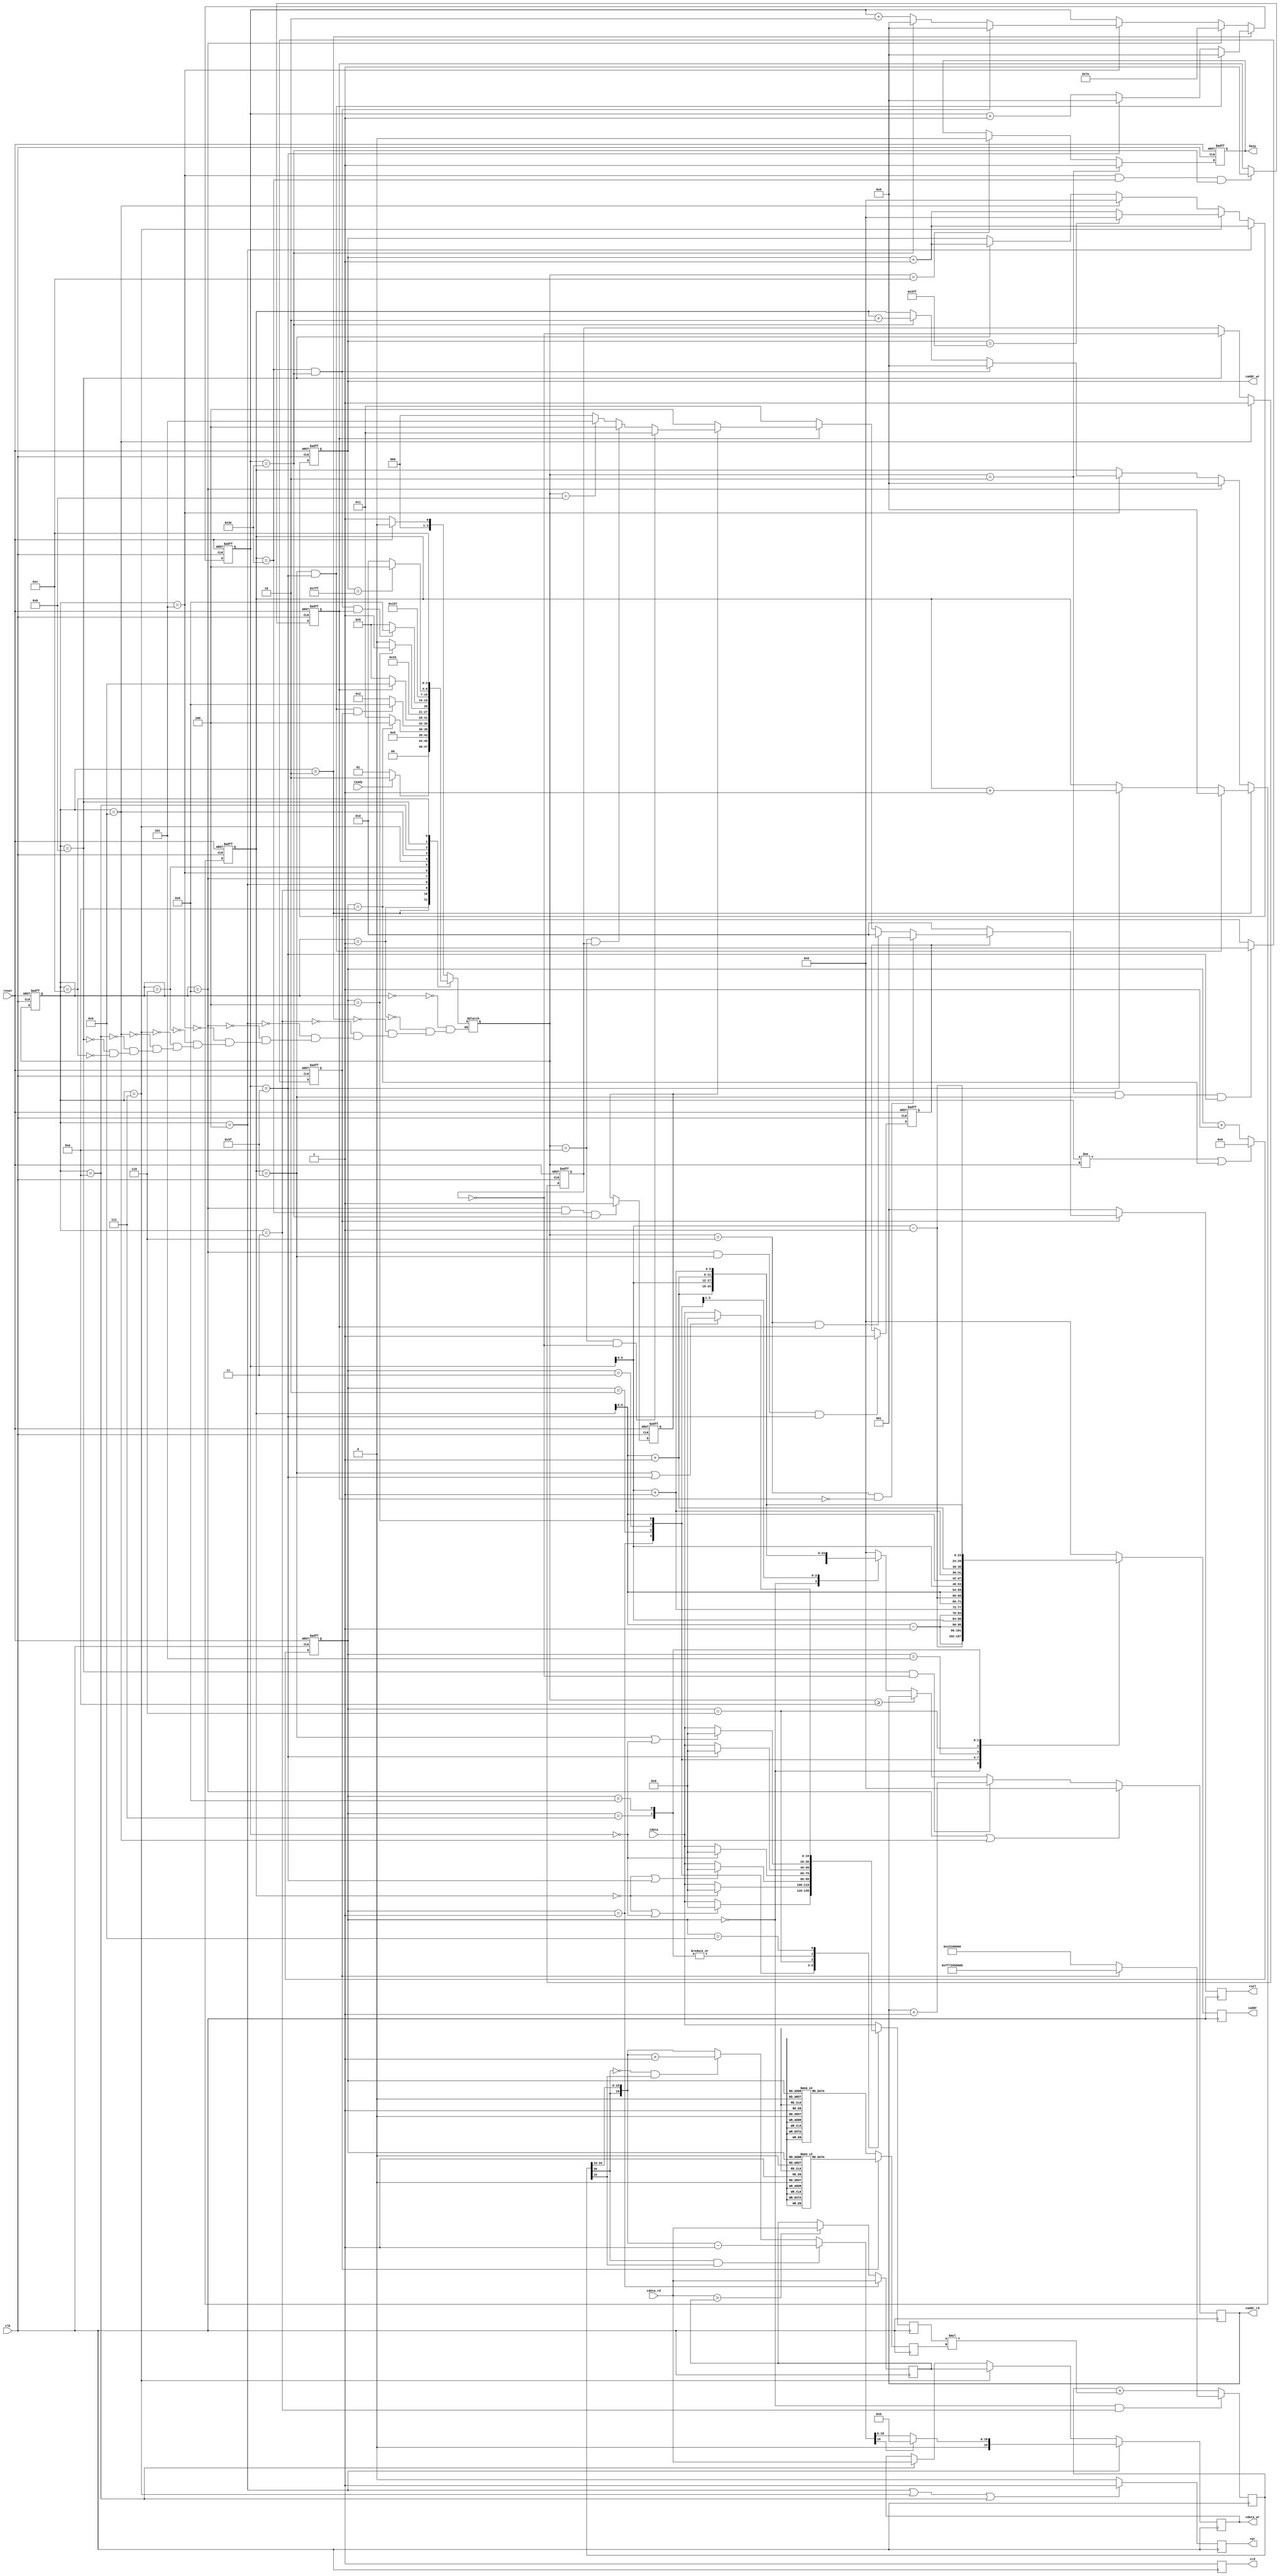

`timescale 1ns/10ps

module  CONV(
	input		clk,
	input		reset,
	output	reg	busy,	
	input		ready,	
			
	output reg [11:0] iaddr,
	input	[19:0]	idata,	
	
	output reg cwr,
	output reg [11:0] 	caddr_wr,
	output reg [19:0] 	cdata_wr,
	
	output reg crd,
	output reg [11:0] 	caddr_rd,
	input	 [19:0]	cdata_rd,
	
	output reg [2:0] 	csel
	);
  
  parameter RST   = 4'd0,
            READY = 4'd1,
            CONV_R0= 4'd2,
            CONV0  = 4'd3,
            CONV_W0  = 4'd4,
            MAX_R = 4'd5,
            MAX   = 4'd6,
            MAX_W   = 4'd7,
            WAIT = 4'd8,
            FC_R = 4'd9,
            FC = 4'd10,
            FC_W = 4'd11,
            DONE  = 4'd12;
  
  reg [3:0] state, n_state;
  reg [3:0] counter;
  reg signed [6:0] row, col;
  reg signed [19:0] ifmap;
  reg signed [19:0] weight;
  reg signed [39:0] answer_temp;
  reg signed [19:0] answer;
  reg conv0_done;
  reg conv1_done;
  reg max0_done;
  reg max1_done;
  reg signed [19:0] max_value;
  reg toggle;
  
  always@(posedge clk or posedge reset)begin
    if(reset)begin
      state <= RST;
    end else begin
      state <= n_state;
    end
  end
  
  always@(posedge clk or posedge reset)begin
    if(reset)begin
      counter <= 4'd0;
    end else if(state!=n_state || counter==4'd10)begin
      counter <= 4'd0;
    end else begin
      counter <= counter + 4'd1;
    end
  end
  
  always@(posedge clk or posedge reset)begin
    if(reset)begin
      row <= -7'd1;
      col <= 7'd63;
    end else if(state==CONV_R0)begin
      if(row==7'd63 && col==7'd63)begin
        row <= 7'd0;
        col <= 7'd0;
      end else if(col==7'd63)begin
        row <= row + 7'd1;
        col <= 7'd0;
      end else begin
        row <= row;
        col <= col + 7'd1;
      end
    end else if(state==WAIT)begin
      row <= 7'd0;
      col <= -7'd2;
    end else if(state==MAX_R)begin
      if(row==7'd62 && col==7'd62)begin
        row <= 7'd0;
        col <= 7'd0;
      end else if(col==7'd62)begin
        row <= row + 7'd2;
        col <= 7'd0;
      end else begin
        row <= row;
        col <= col + 7'd2;
      end
    end
  end
  
  always@(posedge clk)begin
    case(counter)
      4'd0:iaddr <= {row[5:0]-6'd1, col[5:0]-6'd1};
      4'd1:iaddr <= {row[5:0]-6'd1, col[5:0]     };
      4'd2:iaddr <= {row[5:0]-6'd1, col[5:0]+6'd1};
      4'd3:iaddr <= {row[5:0]     , col[5:0]-6'd1};
      4'd4:iaddr <= {row[5:0]     , col[5:0]     };
      4'd5:iaddr <= {row[5:0]     , col[5:0]+6'd1};
      4'd6:iaddr <= {row[5:0]+6'd1, col[5:0]-6'd1};
      4'd7:iaddr <= {row[5:0]+6'd1, col[5:0]     };
      4'd8:iaddr <= {row[5:0]+6'd1, col[5:0]+6'd1};
      default:iaddr <= 12'd0;
    endcase
  end
  
  always@(posedge clk)begin
    if(state==WAIT || state==FC_R)begin
      caddr_rd <= 12'd0;
    end else if(state==FC_W && ~toggle)begin
      caddr_rd <= caddr_rd + 12'd1;
    end else if(n_state>=FC)begin
      caddr_rd <= caddr_rd;
    end else begin
      case(counter)
        4'd0:caddr_rd <= {row[5:0]     , col[5:0]     };
        4'd1:caddr_rd <= {row[5:0]     , col[5:0]+6'd1};
        4'd2:caddr_rd <= {row[5:0]+6'd1, col[5:0]     };
        4'd3:caddr_rd <= {row[5:0]+6'd1, col[5:0]+6'd1};
        default:caddr_rd <= 12'd0;
      endcase
    end
  end
  
  always@(posedge clk)begin
    crd <= 1'b1;
  end
  
  always@(posedge clk)begin
    case(counter)
      4'd1:ifmap <= (row==7'd0  || col==7'd0 )?20'd0:idata;
      4'd2:ifmap <= (row==7'd0               )?20'd0:idata;
      4'd3:ifmap <= (row==7'd0  || col==7'd63)?20'd0:idata;
      4'd4:ifmap <= (              col==7'd0 )?20'd0:idata;
      4'd5:ifmap <=                                  idata;
      4'd6:ifmap <= (              col==7'd63)?20'd0:idata;
      4'd7:ifmap <= (row==7'd63 || col==7'd0 )?20'd0:idata;
      4'd8:ifmap <= (row==7'd63 || col==7'd0 )?20'd0:idata;
      4'd9:ifmap <= (row==7'd63 || col==7'd63)?20'd0:idata;
      default:ifmap <= idata;
    endcase
  end
  
  always@(posedge clk)begin
    if(counter==4'd1)begin
      max_value <= cdata_rd;
    end else begin
      max_value <= (cdata_rd>max_value)?cdata_rd:max_value;
    end
  end
  
  always@(*)begin
    answer <= (answer_temp[39] && answer_temp[15])?{answer_temp[39], answer_temp[34:16]}-20'd1:
              (~answer_temp[39] && answer_temp[15])?{answer_temp[39], answer_temp[34:16]}+20'd1:
              {answer_temp[39], answer_temp[34:16]};
  end
  
  always@(posedge clk)begin
    if(state==CONV_W0)begin
      cdata_wr <= (answer[19])?20'd0:answer;
    end else if(state==MAX_W)begin
      cdata_wr <= max_value;
    end else if(state==FC)begin
      cdata_wr <= cdata_rd;
    end
  end
  
  always@(posedge clk or posedge reset)begin
    if(reset)begin
      caddr_wr <= 12'b1111_1111_1111;
    end else if(state==CONV_W0)begin
      caddr_wr <= caddr_wr + 12'd1;
    end else if(state==MAX_W)begin
      if(caddr_wr==12'd1023)begin
        caddr_wr <= 12'd0;
      end else begin
        caddr_wr <= caddr_wr + 12'd1;
      end
    end else if(state==FC_R)begin
      caddr_wr <= 12'd0;
    end else if(state==FC_W)begin
      caddr_wr <= caddr_wr + 12'd1;
    end
  end
  
  always@(posedge clk)begin
    cwr <= (state==CONV_W0 || state==MAX_W || state==FC)?1'b1:1'b0;
  end
  
  always@(posedge clk)begin
    csel <= (~conv0_done)?3'b001:
            (~conv1_done)?3'b010:
            (n_state==MAX && ~max0_done)?3'b001:
            (n_state==MAX && max0_done)?3'b010:
            (~max0_done)?3'b011:
            (~max1_done)?3'b100:
            (n_state==FC && ~toggle)?3'b011:
            (n_state==FC &&  toggle)?3'b100:
            (n_state==FC_W)?3'b101:
            3'b000;
  end
  
  always@(posedge clk)begin
    if(~conv0_done)begin
      case(counter)
        4'd1:weight <= 20'h0A89E;
        4'd2:weight <= 20'h092D5;
        4'd3:weight <= 20'h06D43;
        4'd4:weight <= 20'h01004;
        4'd5:weight <= 20'hF8F71;
        4'd6:weight <= 20'hF6E54;
        4'd7:weight <= 20'hFA6D7;
        4'd8:weight <= 20'hFC834;
        4'd9:weight <= 20'hFAC19;
        default:weight <= 20'd0;
      endcase
    end else begin
      case(counter)
        4'd1:weight <= 20'hFDB55;
        4'd2:weight <= 20'h02992;
        4'd3:weight <= 20'hFC994;
        4'd4:weight <= 20'h050FD;
        4'd5:weight <= 20'h02F20;
        4'd6:weight <= 20'h0202D;
        4'd7:weight <= 20'h03BD7;
        4'd8:weight <= 20'hFD369;
        4'd9:weight <= 20'h05E68;
        default:weight <= 20'd0;
      endcase
    end
  end
  
  always@(posedge clk)begin
    if(counter==4'd0 && state==CONV0)begin
      answer_temp <= (~conv0_done)?$signed({20'h01310, 16'd0}):$signed({20'hF7295, 16'd0});
    end else begin
      answer_temp <= answer_temp + ifmap*weight;
    end
  end
  
  always@(posedge clk or posedge reset)begin
    if(reset)begin
      conv0_done <= 1'b0;
    end else if(n_state==CONV_R0 && row==7'd63 && col==7'd63)begin
      conv0_done <= 1'b1;
    end
  end
  
  always@(posedge clk or posedge reset)begin
    if(reset)begin
      conv1_done <= 1'b0;
    end else if(state==WAIT && row==7'd63 && col==7'd63)begin
      conv1_done <= 1'b1;
    end
  end
  
  always@(posedge clk or posedge reset)begin
    if(reset)begin
      max0_done <= 1'b0;
    end else if(state==MAX_R && row==7'd62 && col==7'd62)begin
      max0_done <= 1'b1;
    end
  end
  
  always@(posedge clk or posedge reset)begin
    if(reset)begin
      max1_done <= 1'b0;
    end else if(state==WAIT && row==7'd62 && col==7'd62)begin
      max1_done <= 1'b1;
    end
  end
  
  always@(posedge clk or posedge reset)begin
    if(reset)begin
      toggle <= 1'b0;
    end else if(state==FC_R)begin
      toggle <= 1'b1;
    end else if(state==FC_W)begin
      toggle <= ~toggle;
    end
  end
  
  always@(posedge clk or posedge reset)begin
    if(reset)begin
      busy <= 1'b0;
    end else if(n_state==CONV_R0)begin
      busy <= 1'b1;
    end else if(n_state==DONE)begin
      busy <= 1'b0;
    end else begin
      busy <= busy;
    end
  end
  
  always@(*)begin
    case(state)
      RST:begin
        n_state = (~reset)?READY:RST;
        //busy = 1'b0;
      end
      READY:begin
        n_state = (ready)?CONV_R0:READY;
        //busy = 1'b0;
      end
      CONV_R0:begin
        n_state = CONV0;
        //busy = 1'b1;
      end
      CONV0:begin
        n_state = (counter==4'd10)?CONV_W0:
                  CONV0;
        //busy = 1'b1;
      end
      CONV_W0:begin
        n_state = (row==7'd63 && col==7'd63 && conv0_done)?WAIT:
                  CONV_R0;
        //busy = 1'b1;
      end
      WAIT:begin
        n_state = (max0_done)?FC_R:
                  MAX_R;
        //busy = 1'b1;
      end
      MAX_R:begin
        n_state = MAX;
        //busy = 1'b1;
      end
      MAX:begin
        n_state = (counter==4'd4)?MAX_W:
                  MAX;
        //busy = 1'b1;
      end
      MAX_W:begin
        n_state = (row==7'd62 && col==7'd62 && max0_done)?WAIT:
                  MAX_R;
        //busy = 1'b1;
      end
      FC_R:begin
        n_state = FC;
        //busy = 1'b1;
      end
      FC:begin
        n_state = FC_W;
        //busy = 1'b1;
      end
      FC_W:begin
        n_state = (caddr_wr==12'd2047)?DONE:
                  FC;
        //busy = 1'b1;
      end
      DONE:begin
        n_state = DONE;
        //busy = 1'b0;
      end
      default:begin
      
      end
    endcase
  end
endmodule